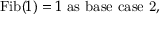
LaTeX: { \mathrm { F i b } } ( 1 ) = 1 { \mathrm { ~ a s ~ b a s e ~ c a s e ~ 2 , } }